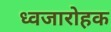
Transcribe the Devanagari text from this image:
ध्वजारोहक